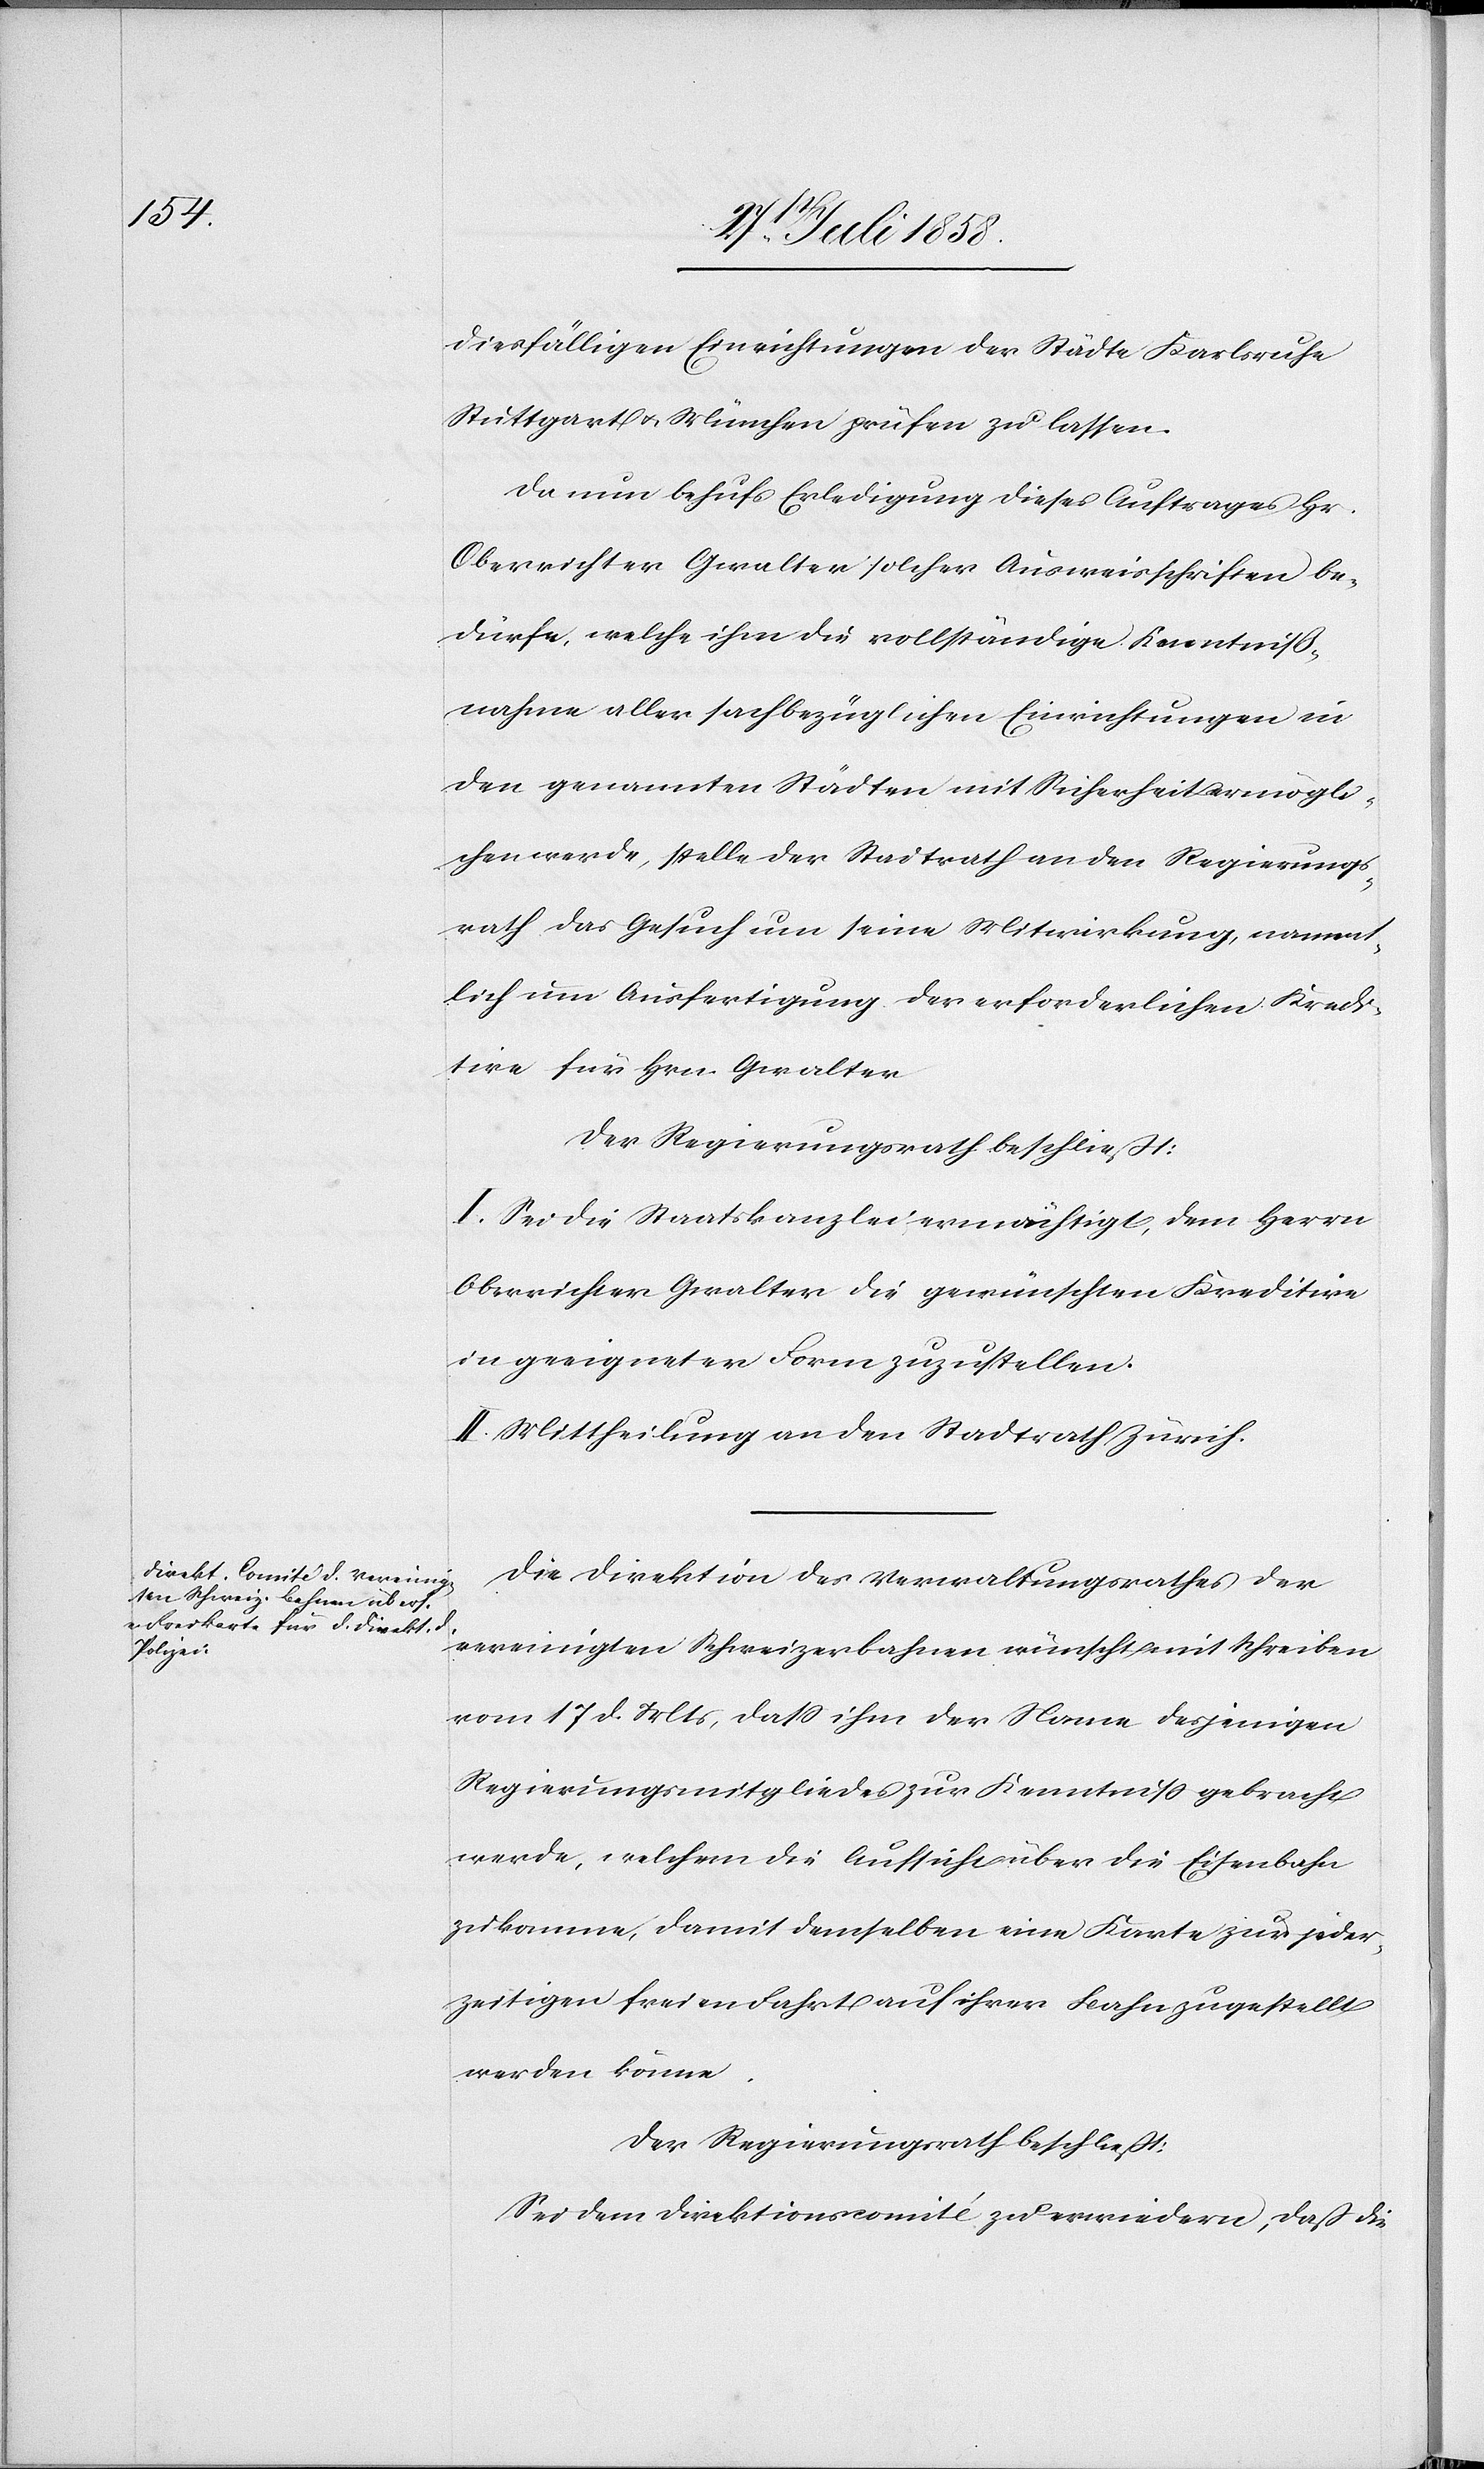
diesfälligen Einrichtungen der Städte Karlsruhe[,]
Stuttgart & München prüfen zu lassen.
Da nun behufs Erledigung dieses Auftrages Hr.
Oberrichter Gwalter solcher Ausweisschriften be¬
dürfe, welche ihm die vollständige Kenntniß¬
nahme aller sachbezüglichen Einrichtungen in
den genannten Städten mit Sicherheit ermögli¬
chen werde[n], stelle der Stadtrath an den Regierungs¬
rath das Gesuch um seine Mitwirkung, nament¬
lich um Ausfertigung der erforderlichen Kredi¬
tive für Hrn. Gwalter
Der Regierungsrath beschließt:
I. Sei die Staatskanzlei ermächtigt, dem Herrn
Oberrichter Gwalter die gewünschten Kreditive
in geeigneter Form zuzustellen.
II. Mittheilung an den Stadtrath Zürich.
Die Direktion des Verwaltungsrathes der
vereinigten Schweizerbahnen wünscht mit Schreiben
vom 17 d. Mts, dass ihm der Name desjenigen
Regierungsmitgliedes zur Kenntniss gebracht
werde, welchem die Aufsicht über die Eisenbahn
zukomme, damit demselben eine Karte zur jeder¬
zeitigen freien Fahrt auf ihrer Bahn zugestellt
werden könne.
Der Regierungsrath beschließt:
Sei dem Direktionscomité zu erwiedern, daß die